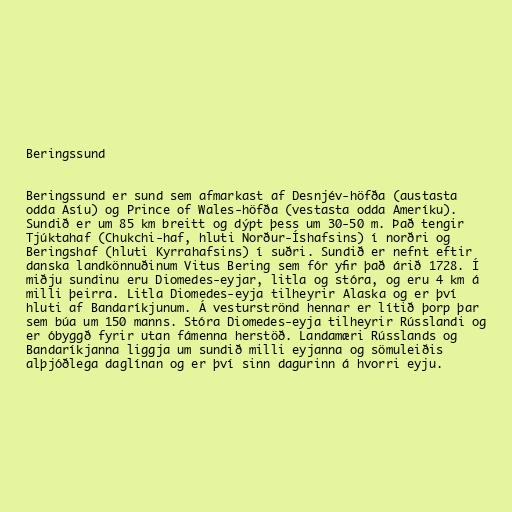
Beringssund

Beringssund er sund sem afmarkast af Desnjév-höfða (austasta
odda Asíu) og Prince of Wales-höfða (vestasta odda Ameríku).
Sundið er um 85 km breitt og dýpt þess um 30-50 m. Það tengir
Tjúktahaf (Chukchi-haf, hluti Norður-Íshafsins) í norðri og
Beringshaf (hluti Kyrrahafsins) í suðri. Sundið er nefnt eftir
danska landkönnuðinum Vitus Bering sem fór yfir það árið 1728. Í
miðju sundinu eru Diomedes-eyjar, litla og stóra, og eru 4 km á
milli þeirra. Litla Diomedes-eyja tilheyrir Alaska og er því
hluti af Bandaríkjunum. Á vesturströnd hennar er lítið þorp þar
sem búa um 150 manns. Stóra Diomedes-eyja tilheyrir Rússlandi og
er óbyggð fyrir utan fámenna herstöð. Landamæri Rússlands og
Bandaríkjanna liggja um sundið milli eyjanna og sömuleiðis
alþjóðlega daglínan og er því sinn dagurinn á hvorri eyju.